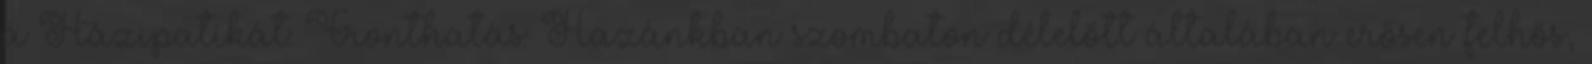
a Házipatikát: Fronthatás: Hazánkban szombaton délelőtt általában erősen felhős,